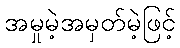
အမှုမဲ့အမှတ်မဲ့ဖြင့်